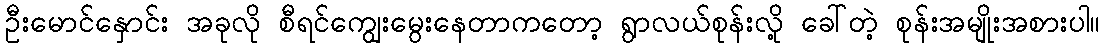
ဦးမောင်နှောင်း အခုလို စီရင်ကျွေးမွေးနေတာကတော့ ရွာလယ်စုန်းလို့ ခေါ်တဲ့ စုန်းအမျိုးအစားပါ။